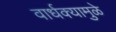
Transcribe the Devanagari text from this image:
वार्धक्यामुळे